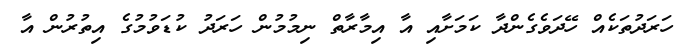
ހަރަދުތަކެއް ހޭދަވެގެންދާ ކަމަށާއި އާ އިމާރާތް ނިމުމުން ހަރަދު ކުޑަވުމުގެ އިތުރުން އާ